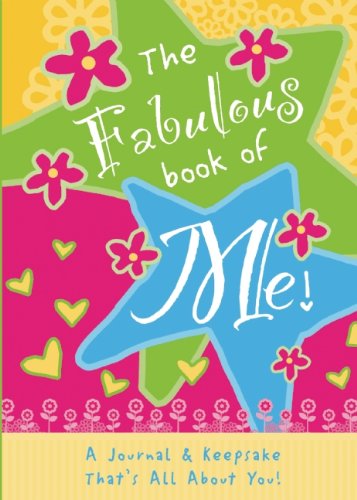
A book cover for The Fabulous Book of Me: A Journal That's All About You!; Isabel B. Lluch; Teen & Young Adult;